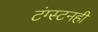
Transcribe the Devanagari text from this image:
टंग्स्टनही